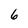
Character: 6